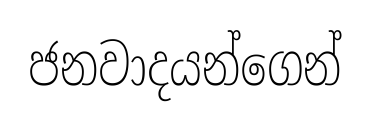
ජනවාදයන්ගෙන්